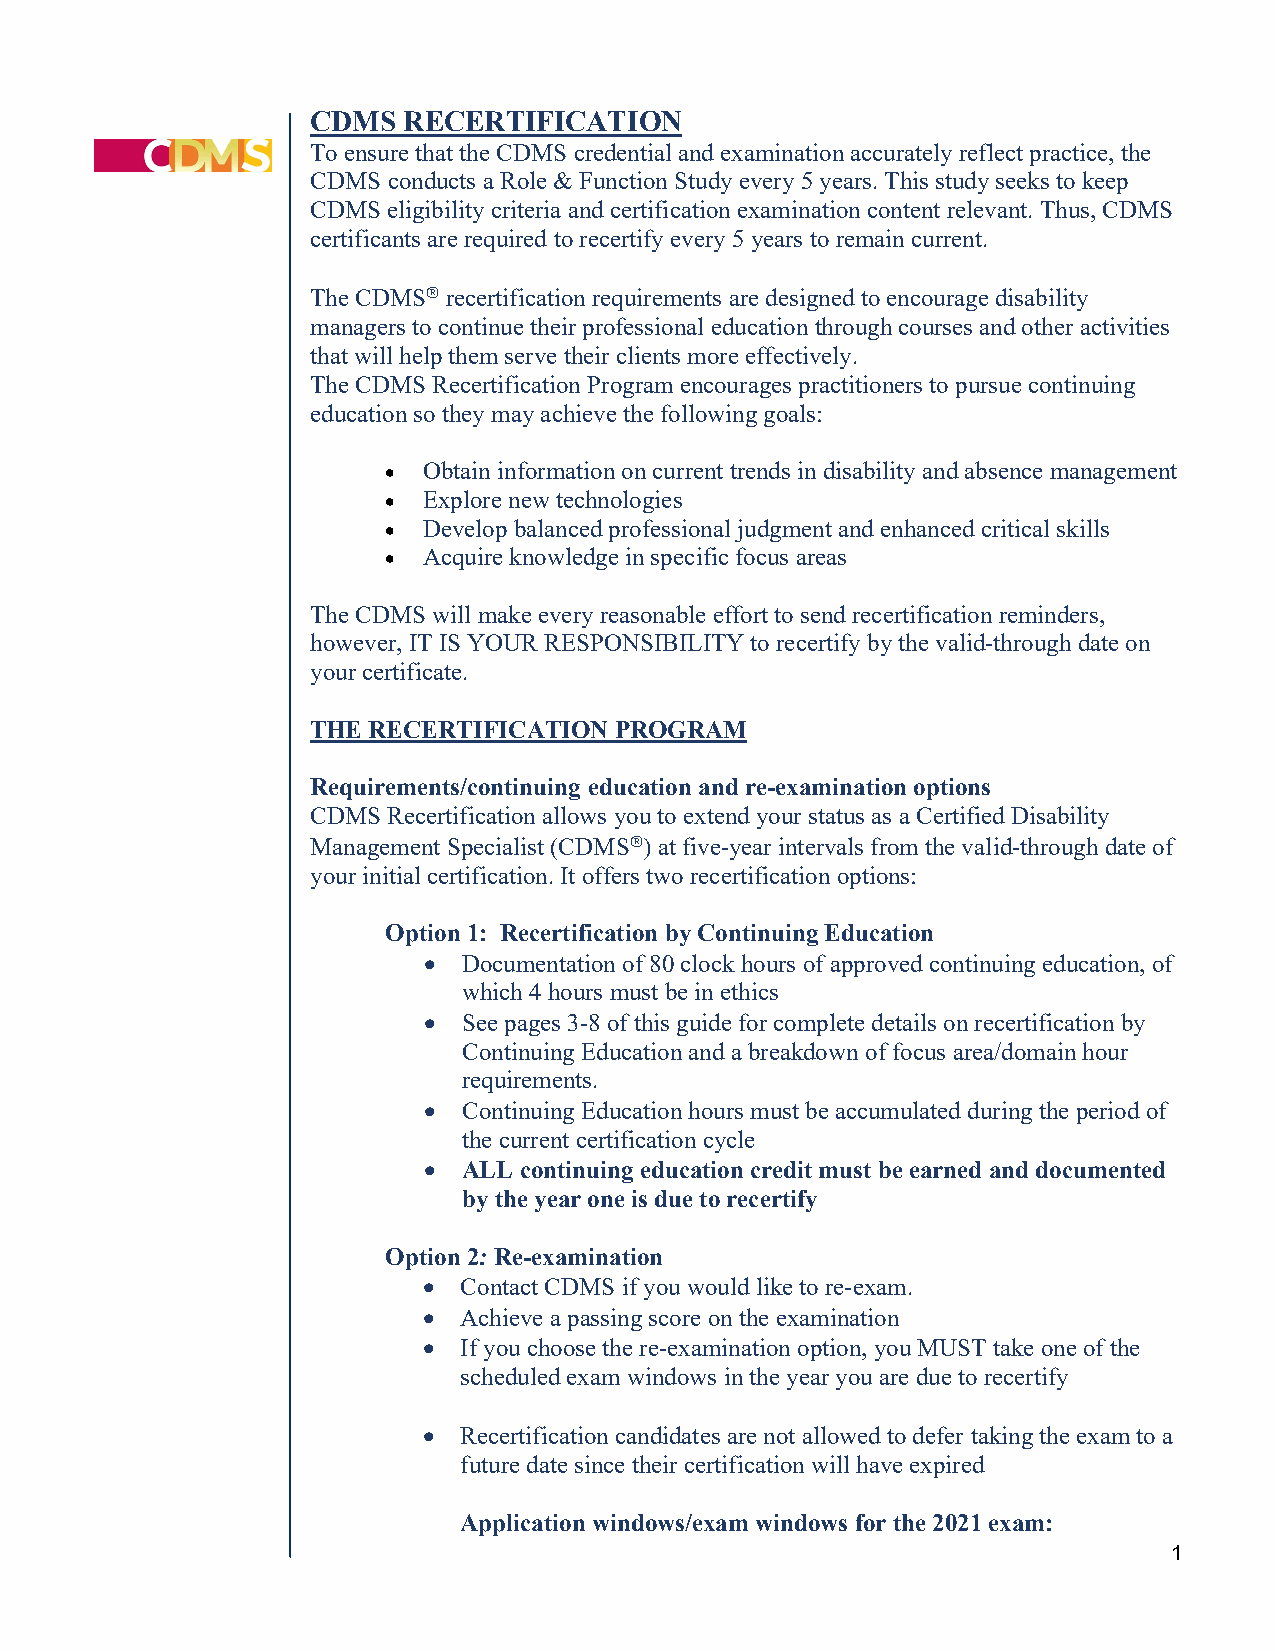
CDMS  RECERTIFICATION
 To ensure that the CDMS credential and examination accurately reflect practice, the
 CDMS conducts a Role & Function Study every 5 years. This study seeks to keep
 CDMS eligibility criteria and certification examination content relevant. Thus, CDMS
 certificants are required to recertify every 5 years to remain current.
 The CDMS recertification requirements are designed to encourage disability
 managers to continue their professional education through courses and other activities
 that will help them serve their clients more effectively.
 The CDMS Recertification Program encourages practitioners to pursue continuing
 education so they may achieve the following goals:
 • Obtain information on current trends in disability and absence management
 • Explore new technologies
 • Develop balanced professional judgment and enhanced critical skills
 • Acquire knowledge in specific focus areas
 The CDMS will make every reasonable effort to send recertification reminders,
 however, IT IS YOUR RESPONSIBILITY to recertify by the valid-through date on
 your certificate.
 THE RECERTIFICATION PROGRAM
 Requirements/continuing education and re-examination options
 CDMS Recertification allows you to extend your status as a Certified Disability
 Management Specialist (CDMS) at five-year intervals from the valid-through date of
 your initial certification. It offers two recertification options:
 Option 1: Recertification by Continuing Education
 •  Documentation of 80 clock hours of approved continuing education, of
 which 4 hours must be in ethics
 •  See pages 3-8 of this guide for complete details on recertification by
 Continuing Education and a breakdown of focus area/domain hour
 requirements.
 •  Continuing Education hours must be accumulated during the period of
 the current certification cycle
 •  ALL continuing education credit must be earned and documented
 by the year one is due to recertify
 Option 2: Re-examination
 • Contact CDMS if you would like to re-exam.
 • Achieve a passing score on the examination
 • If you choose the re-examination option, you MUST take one of the
 scheduled exam windows in the year you are due to recertify
 • Recertification candidates are not allowed to defer taking the exam to a
 future date since their certification will have expired
 Application windows/exam windows for the 2021 exam:
 1